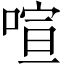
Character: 喧